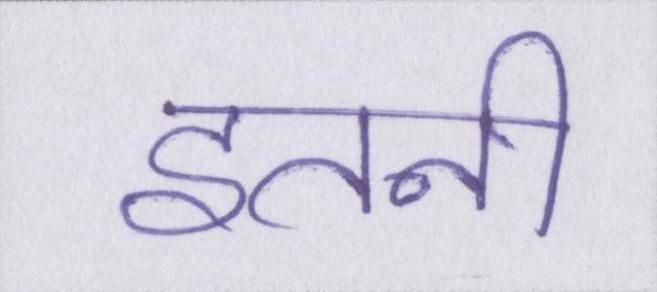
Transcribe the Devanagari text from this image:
इतनी